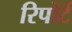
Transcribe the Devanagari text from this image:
रिपोंर्ट